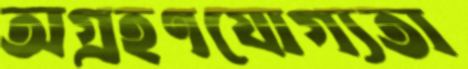
অগ্রহণযোগ্যতা